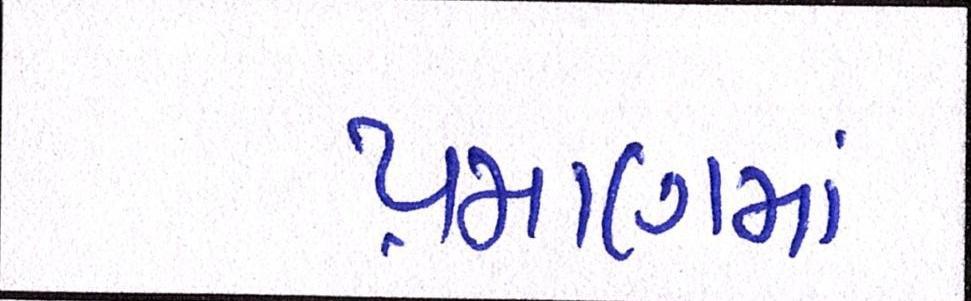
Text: પ્રમાણમાં